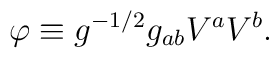
\varphi \equiv g^{-1/2}g_{ab}V^aV^b .